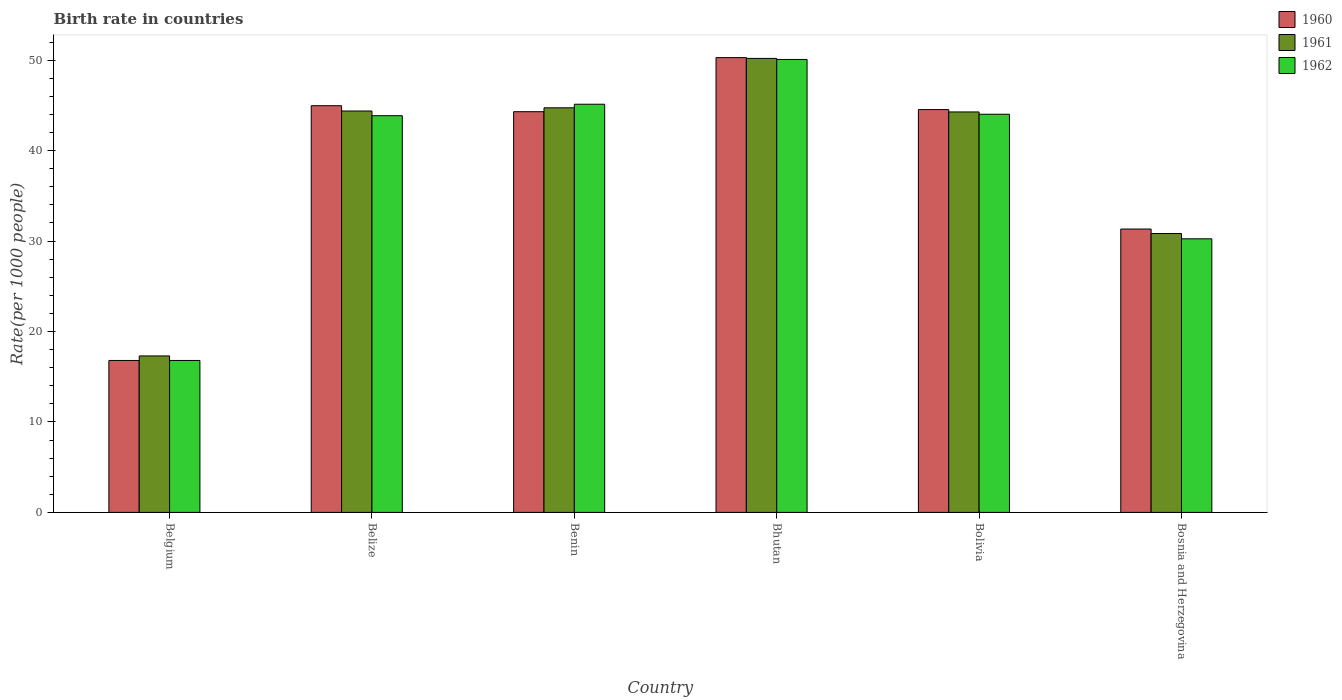
| Country | 1960 | 1961 | 1962 |
 | --- | --- | --- | --- |
 | Belgium | 16.8 | 17.3 | 16.8 |
 | Belize | 45 | 44.4 | 43.9 |
 | Benin | 44.3 | 44.7 | 45.1 |
 | Bhutan | 50.3 | 50.2 | 50.1 |
 | Bolivia | 44.5 | 44.3 | 44 |
 | Bosnia and Herzegovina | 31.3 | 30.8 | 30.3 |